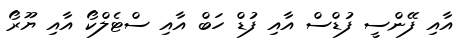
އާއި ފޭންސީ ފުޑްސް އާއި ފުޑް ހަބް އާއި ސްޓެލްކޯ އާއި ޔޫރޯ